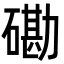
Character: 磡